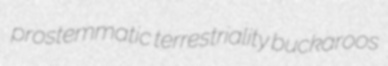
prostemmatic terrestriality buckaroos